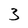
Character: 3